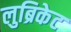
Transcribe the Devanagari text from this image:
लुब्रिकेट